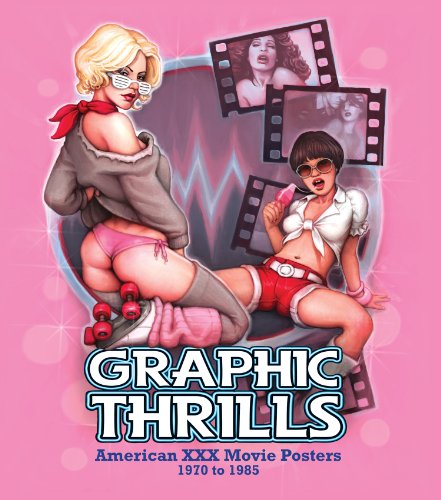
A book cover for Graphic Thrills: American XXX Movie Posters, 1970 to 1985; Robin Bougie; Politics & Social Sciences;